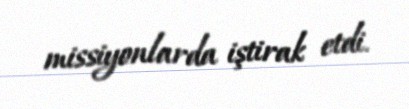
missiyonlarda iştirak etdi.